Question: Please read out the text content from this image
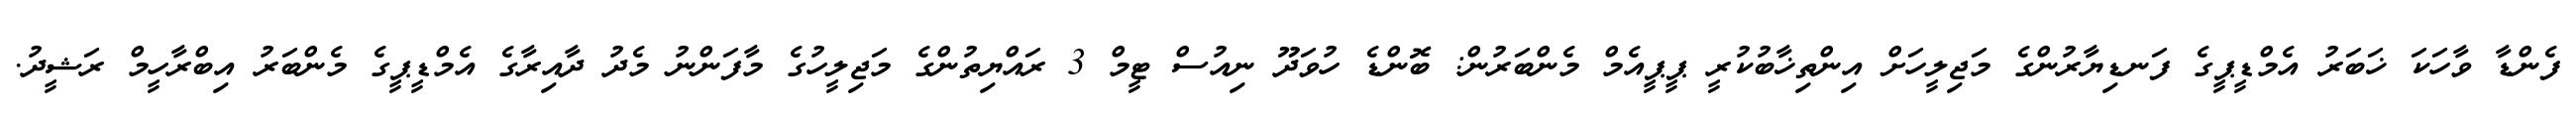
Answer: ފެންޑާ ވާހަކަ ޚަބަރު އެމްޑީޕީގެ ފަނޑިޔާރުންގެ މަޖިލީހަށް އިންތިޚާބުކުރީ ޕީޕީއެމް މެންބަރުން: ބޮންޑެ ހުވަދޫ ނިއުސް ޓީމް 3 ރައްޔިތުންގެ މަޖިލީހުގެ މާފަންނު މެދު ދާއިރާގެ އެމްޑީޕީގެ މެންބަރު އިބްރާހީމް ރަޝީދު.